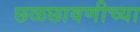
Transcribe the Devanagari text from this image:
छळछावणीच्या